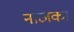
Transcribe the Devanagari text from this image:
नाजका